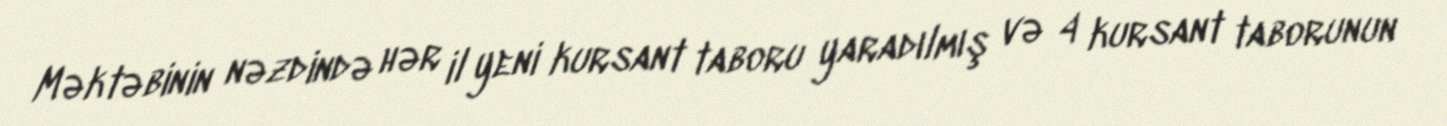
Məktəbinin nəzdində hər il yeni kursant taboru yaradılmış və 4 kursant taborunun